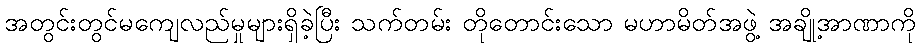
အတွင်းတွင်မကျေလည်မှုများရှိခဲ့ပြီး သက်တမ်း တိုတောင်းသော မဟာမိတ်အဖွဲ့ အချို့အာဏာကို